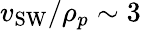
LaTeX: v_{\textrm{SW}}/\rho_{p}\sim 3